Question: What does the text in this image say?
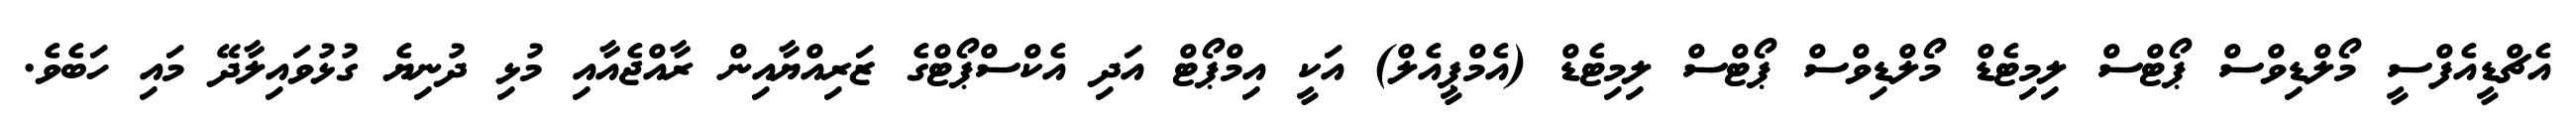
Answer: އެޗްޑީއެފްސީ މޯލްޑިވްސް ޕޯޓްސް ލިމިޓެޑް މޯލްޑިވްސް ޕޯޓްސް ލިމިޓެޑް (އެމްޕީއެލް) އަކީ އިމްޕޯޓް އަދި އެކްސްޕޯޓްގެ ޒަރިއްޔާއިން ރާއްޖެއާއި މުޅި ދުނިޔެ ގުޅުވައިލާދޭ މައި ހަބެވެ.